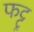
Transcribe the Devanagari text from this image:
फट्टू